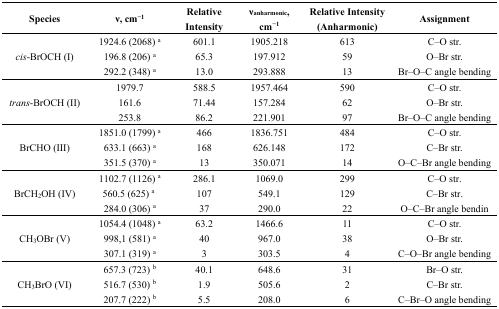
<table><thead><tr><td><b>Species</b></td><td><b>ν, cm<sup>−1</sup></b></td><td><b>Relative Intensity</b></td><td><b>ν<sub>anharmonic</sub>, cm<sup>−1</sup></b></td><td><b>Relative Intensity (Anharmonic)</b></td><td><b>Assignment</b></td></tr></thead><tbody><tr><td rowspan="3"><i>cis</i>-BrOCH (I)</td><td>1924.6 (2068) <sup>a</sup></td><td>601.1</td><td>1905.218</td><td>613</td><td>C–O str.</td></tr><tr><td>196.8 (206) <sup>a</sup></td><td>65.3</td><td>197.912</td><td>59</td><td>O–Br str.</td></tr><tr><td>292.2 (348) <sup>a</sup></td><td>13.0</td><td>293.888</td><td>13</td><td>Br–O–C angle bending</td></tr><tr><td rowspan="3"><i>trans</i>-BrOCH (II)</td><td>1979.7</td><td>588.5</td><td>1957.464</td><td>590</td><td>C–O str.</td></tr><tr><td>161.6</td><td>71.44</td><td>157.284</td><td>62</td><td>O–Br str.</td></tr><tr><td>253.8</td><td>86.2</td><td>221.901</td><td>97</td><td>Br–O–C angle bending</td></tr><tr><td rowspan="3">BrCHO (III) </td><td>1851.0 (1799) <sup>a</sup></td><td>466</td><td>1836.751</td><td>484</td><td>C–O str.</td></tr><tr><td>633.1 (663) <sup>a</sup></td><td>168</td><td>626.148</td><td>172</td><td>C–Br str.</td></tr><tr><td>351.5 (370) <sup>a</sup></td><td>13</td><td>350.071</td><td>14</td><td>O–C–Br angle bending</td></tr><tr><td rowspan="3">BrCH<sub>2</sub>OH (IV)</td><td>1102.7 (1126) <sup>a</sup></td><td>286.1</td><td>1069.0</td><td>299</td><td>C–O str.</td></tr><tr><td>560.5 (625) <sup>a</sup></td><td>107</td><td>549.1</td><td>129</td><td>C–Br str.</td></tr><tr><td>284.0 (306) <sup>a</sup></td><td>37</td><td>290.0</td><td>22</td><td>O–C–Br angle bendin</td></tr><tr><td rowspan="3">CH<sub>3</sub>OBr (V)</td><td>1054.4 (1048) <sup>a</sup></td><td>63.2</td><td>1466.6 </td><td>11</td><td>C–O str.</td></tr><tr><td>998,1 (581) <sup>a</sup></td><td>40</td><td>967.0 </td><td>38</td><td>O–Br str.</td></tr><tr><td>307.1 (319) <sup>a</sup></td><td>3</td><td>303.5 </td><td>4</td><td>C–O–Br angle bending</td></tr><tr><td rowspan="3">CH<sub>3</sub>BrO (VI)</td><td>657.3 (723) <sup>b</sup></td><td>40.1</td><td>648.6 </td><td>31</td><td>Br–O str.</td></tr><tr><td>516.7 (530) <sup>b</sup></td><td>1.9</td><td>505.6 </td><td>2</td><td>C–Br str.</td></tr><tr><td>207.7 (222) <sup>b</sup></td><td>5.5</td><td>208.0 </td><td>6</td><td>C–Br–O angle bending</td></tr></tbody></table>